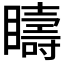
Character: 𥌆